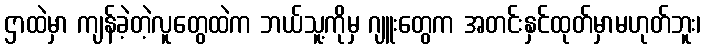
ဌာထဲမှာ ကျန်ခဲ့တဲ့လူတွေထဲက ဘယ်သူ့ကိုမှ ဂျူးတွေက အတင်းနှင်ထုတ်မှာမဟုတ်ဘူး၊